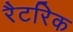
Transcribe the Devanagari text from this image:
रैटरिक